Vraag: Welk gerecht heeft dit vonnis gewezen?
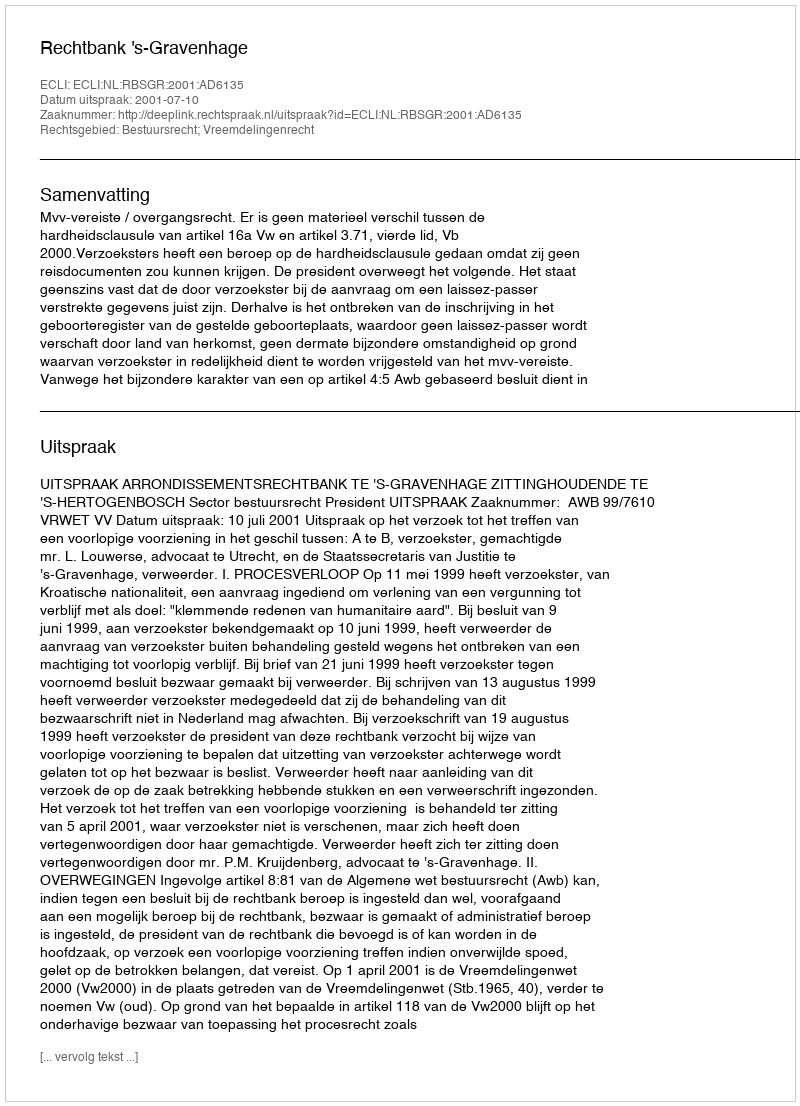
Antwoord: Rechtbank 's-Gravenhage